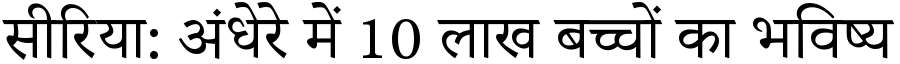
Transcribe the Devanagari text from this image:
सीरिया: अंधेरे में 10 लाख बच्चों का भविष्य